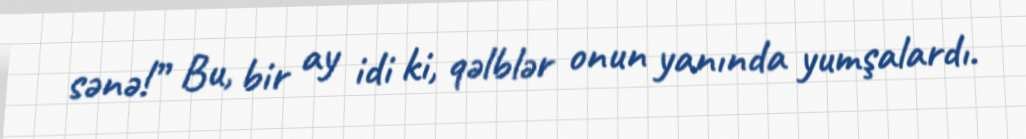
sənə!” Bu, bir ay idi ki, qəlblər onun yanında yumşalardı.